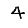
Digit: 4